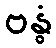
ဗန္ဓံ